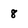
Character: 8